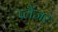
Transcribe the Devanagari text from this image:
प्लैंजर